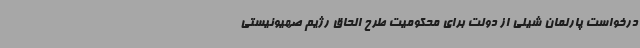
درخواست پارلمان شیلی از دولت برای محکومیت طرح الحاق رژیم صهیونیستی